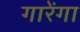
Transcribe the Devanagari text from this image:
गारेंगा